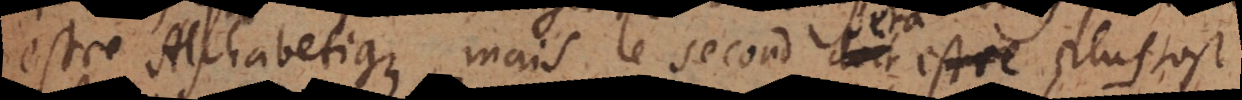
estre Alphabetique, mais le second sera plustost